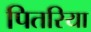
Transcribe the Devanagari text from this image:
पितरिया